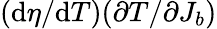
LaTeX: (\mathrm{d}\eta/\mathrm{d}T)(\partial T/\partial J_{b})